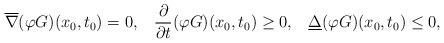
LaTeX: \begin{align*}\overline{\nabla}(\varphi G)(x_{0},t_{0})=0,\;\;\;\frac{\partial}{\partial t}(\varphi G)(x_{0},t_{0})\geq 0,\;\;\; \underline{\Delta}(\varphi G)(x_{0},t_{0})\leq 0,\end{align*}